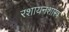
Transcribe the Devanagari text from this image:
रशायनशास्त्र